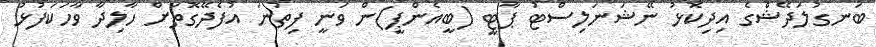
ބަނގުލަދޭޝްގެ އިދިކޮޅު ނޭޝަނަލިސްޓު ޕާޓީ (ބީއެންޕީ)ން ވަނީ ފިތުނަ އުފެދޭގޮތަށް ހާލިދާ ވާހަކަފުޅު